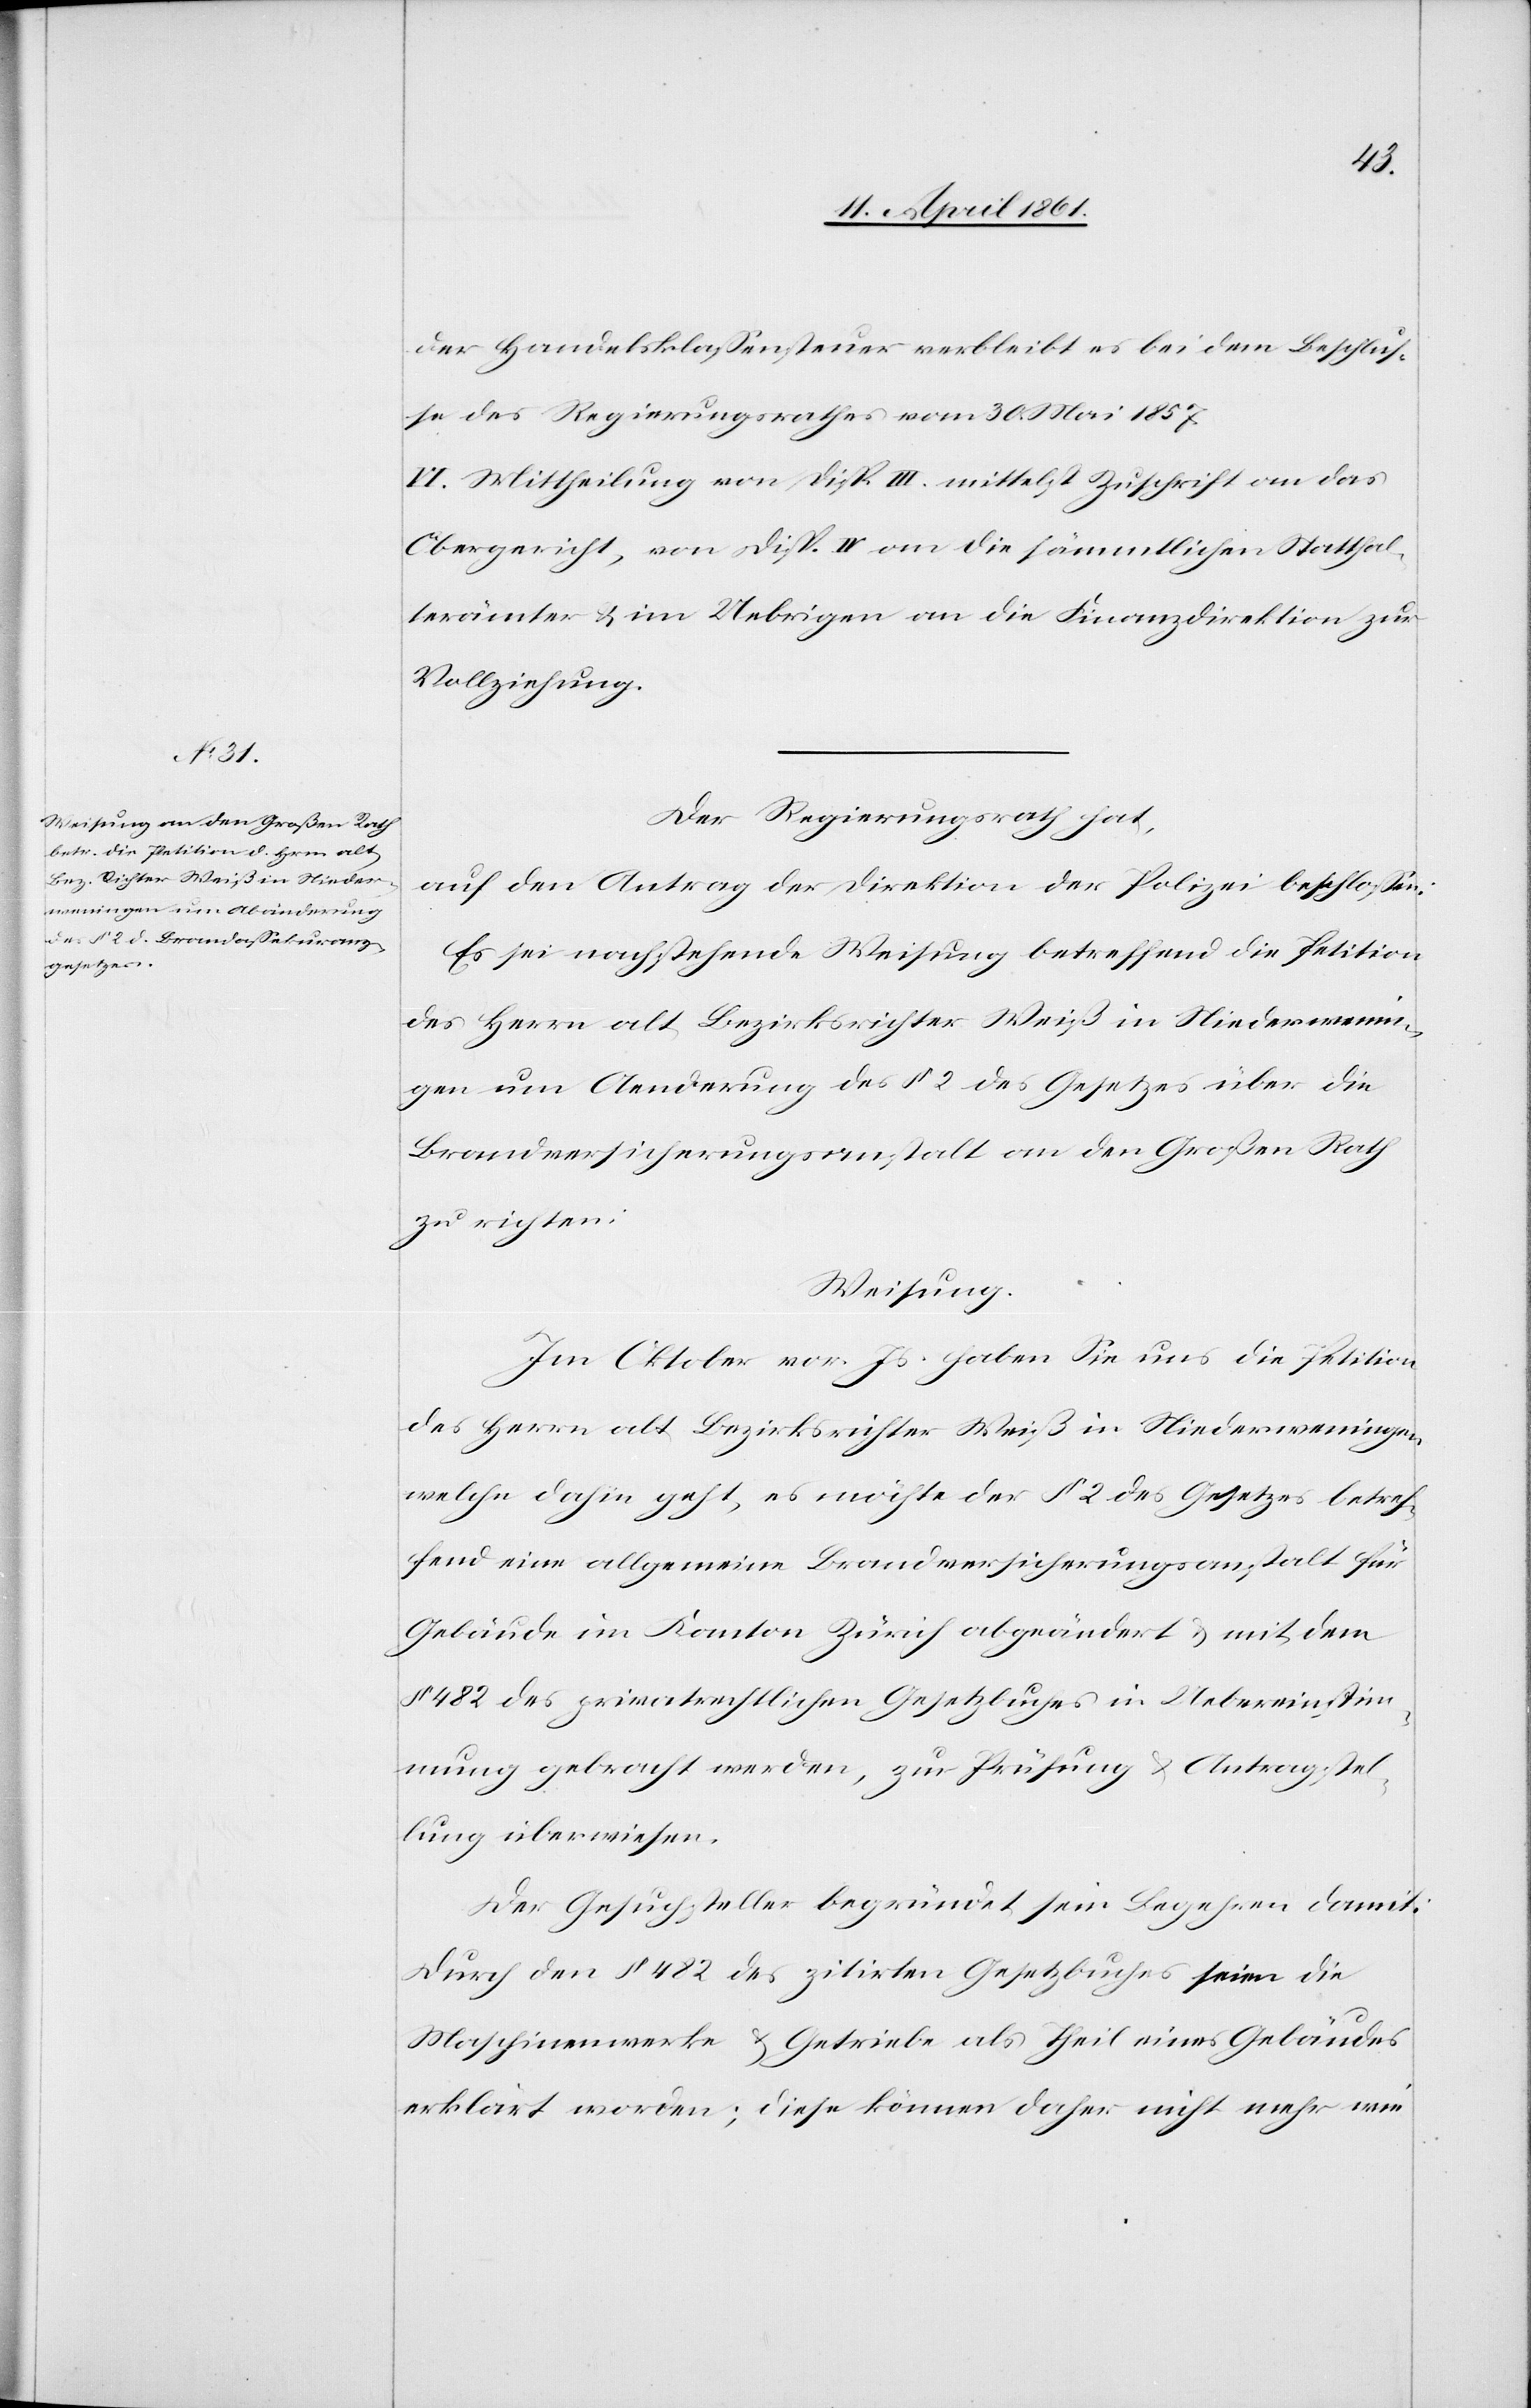
der Handelsklassensteuer verbleibt es bei dem Beschlus¬
se des Regierungsrathes vom 30. Mai 1857.
VI. Mittheilung von Disp. III. mittelst Zuschrift an das
Obergericht, von Disp. VI an die sämmtlichen Statthal¬
terämter u. im Uebrigen an die Finanzdirektion zur
Vollziehung.
Der Regierungsrath hat,
auf den Antrag der Direktion der Polizei beschlossen:
Es sei nachstehende Weisung betreffend die Petition
des Herrn alt Bezirksrichter Weiß in Niederwenin¬
gen um Aenderung des § 2 des Gesetzes über die
Brandversicherungsanstalt an den Großen Rath
zu richten:
Weisung.
Im Oktober vor. Js. haben Sie uns die Petition
des Herrn alt Bezirksrichter Weiß in Niederweningen,
welche dahin geht, es möchte der § 2 des Gesetzes betref¬
fend eine allgemeine Brandversicherungsanstalt für
Gebäude im Kanton Zürich abgeändert u. mit dem
§ 482 des privatrechtlichen Gesetzbuches in Uebereinstim¬
mung gebracht werden, zu Prüfung u. Antragstel¬
lung überwiesen.
Der Gesuchsteller begründet sein Begehren damit:
Durch den § 482 des zitirten Gesetzbuches seien die
Maschinenwerke u. Getriebe als Theil eines Gebäudes
erklärt worden; diese können daher nicht mehr wie